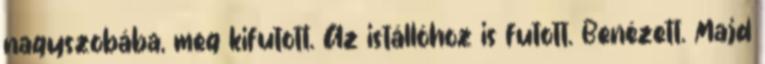
nagyszobába, meg kifutott. Az istállóhoz is futott. Benézett. Majd